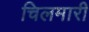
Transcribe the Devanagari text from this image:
चिलमारी